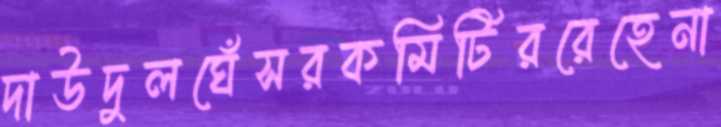
দাউদুলঘেঁসরকমিটিররেহেনা